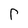
Character: r